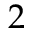
2